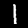
Label: 1